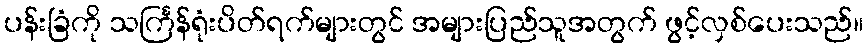
ပန်းခြံကို သင်္ကြန်ရုံးပိတ်ရက်များတွင် အများပြည်သူအတွက် ဖွင့်လှစ်ပေးသည်။